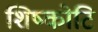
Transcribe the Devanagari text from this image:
शिष्कोटि